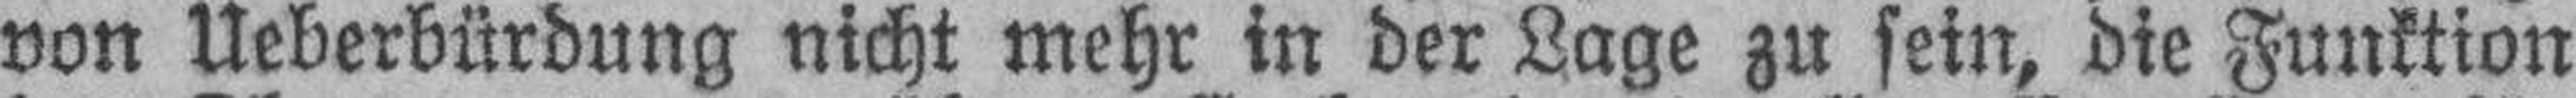
von Ueberbürdung nicht mehr in der Lage zu sein, die Funktion